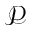
\mathcal { P }